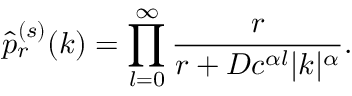
\hat { p } _ { r } ^ { ( s ) } ( k ) = \prod _ { l = 0 } ^ { \infty } \frac { r } { r + D c ^ { \alpha l } | k | ^ { \alpha } } .